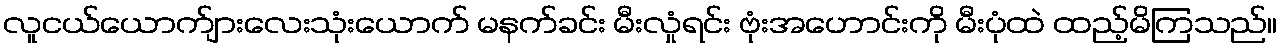
လူငယ်ယောက်ျားလေးသုံးယောက် မနက်ခင်း မီးလှုံရင်း ဗုံးအဟောင်းကို မီးပုံထဲ ထည့်မိကြသည်။